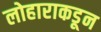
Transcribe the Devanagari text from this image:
लोहाराकडून